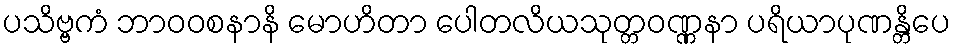
ပသိဗ္ဗကံ ဘာဝဝစနာနိ မောဟိတာ ပေါတလိယသုတ္တဝဏ္ဏနာ ပရိယာပုဏန္တိပေ